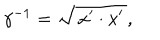
\gamma ^ { - 1 } = \sqrt { \, x ^ { \prime } \cdot x ^ { \prime } \, } ,